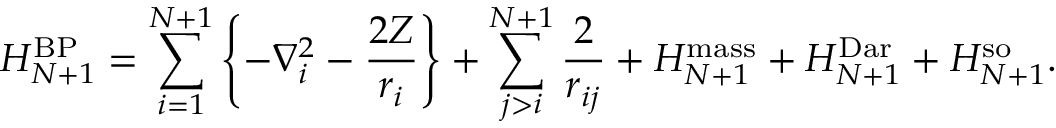
H _ { N + 1 } ^ { \mathrm { B P } } = \sum _ { i = 1 } \sp { N + 1 } \left\{ - \nabla _ { i } \sp 2 - \frac { 2 Z } { r _ { i } } \right\} + \sum _ { j > i } \sp { N + 1 } \frac { 2 } { r _ { i j } } + H _ { N + 1 } ^ { \mathrm { m a s s } } + H _ { N + 1 } ^ { \mathrm { D a r } } + H _ { N + 1 } ^ { \mathrm { s o } } .